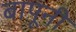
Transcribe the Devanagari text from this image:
बापूनी